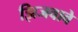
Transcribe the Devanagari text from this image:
झिजवावे